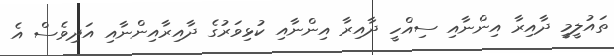
ތައުލީމީ ދާއިރާ އިންނާއި ސިއްހީ ދާއިރާ އިންނާއި ކުޅިވަރުގެ ދާއިރާއިންނާއި އަދިވެސް އެ